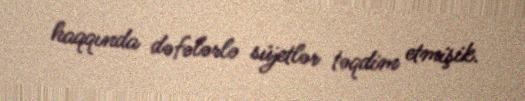
haqqında dəfələrlə süjetlər təqdim etmişik.